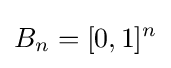
B_{n}=[0,1]^{n}